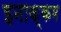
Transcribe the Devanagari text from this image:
इनाक्कम